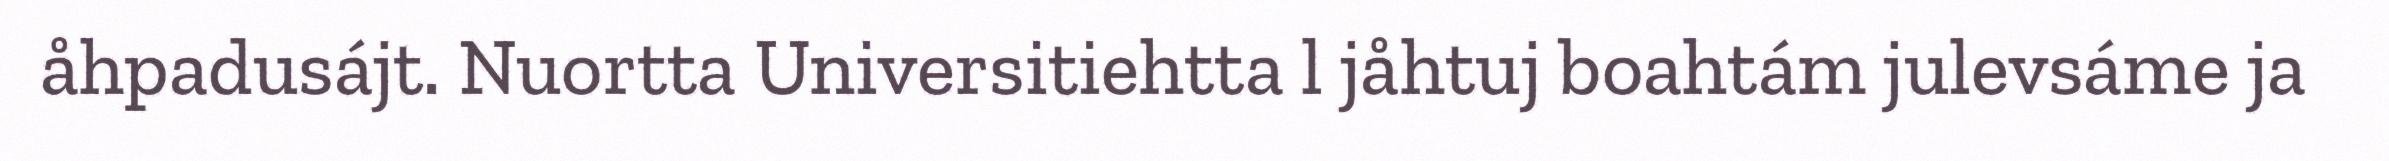
åhpadusájt. Nuortta Universitiehtta l jåhtuj boahtám julevsáme ja